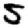
Digit: 5